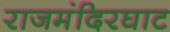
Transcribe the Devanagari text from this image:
राजमंदिरघाट